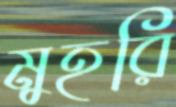
মুহরি